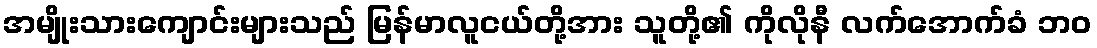
အမျိုးသားကျောင်းများသည် မြန်မာလူငယ်တို့အား သူတို့၏ ကိုလိုနီ လက်အောက်ခံ ဘဝ